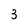
Character: 3